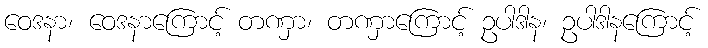
ဝေဒနာ၊ ဝေဒနာကြောင့် တဏှာ၊ တဏှာကြောင့် ဥပါဒါန၊ ဥပါဒါနကြောင့်